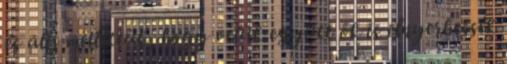
és állj mellettük, hogy velük együtt ők is elnyerhessék